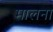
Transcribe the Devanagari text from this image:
मालना